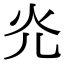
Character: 灮